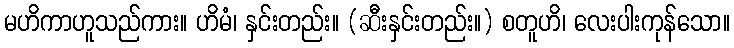
မဟိကာဟူသည်ကား။ ဟိမံ၊ နှင်းတည်း။ (ဆီးနှင်းတည်း။) စတူဟိ၊ လေးပါးကုန်သော။